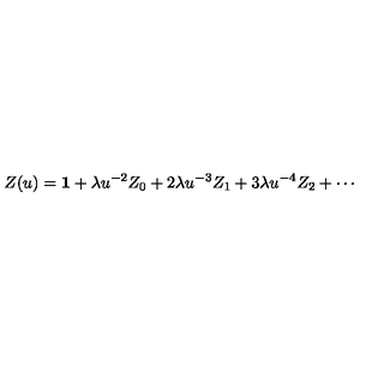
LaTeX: Z ( u ) = { \bf 1 } + \lambda u ^ { - 2 } Z _ { 0 } + 2 \lambda u ^ { - 3 } Z _ { 1 } + 3 \lambda u ^ { - 4 } Z _ { 2 } + \cdots